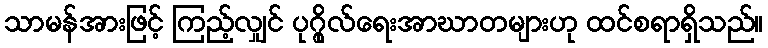
သာမန်အားဖြင့် ကြည့်လျှင် ပုဂ္ဂိုလ်ရေးအာဃာတများဟု ထင်စရာရှိသည်။